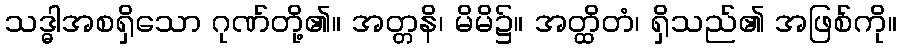
သဒ္ဓါအစရှိသော ဂုဏ်တို့၏။ အတ္တနိ၊ မိမိ၌။ အတ္ထိတံ၊ ရှိသည်၏ အဖြစ်ကို။